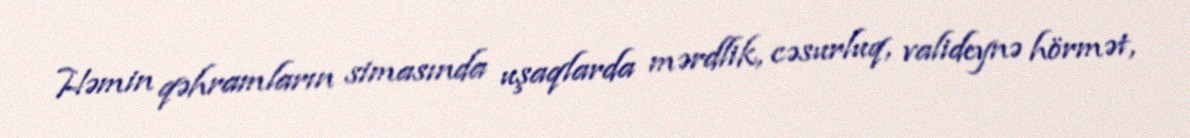
Həmin qəhramların simasında uşaqlarda mərdlik, cəsurluq, valideynə hörmət,